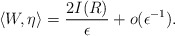
\begin{align*}\langle W, \eta \rangle = \frac{2I(R)}{ \epsilon} + o(\epsilon^{-1}).\end{align*}